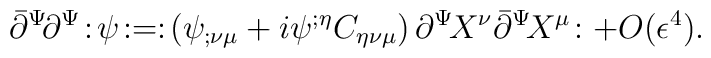
\bar{\partial}^{\Psi}\!\partial^{\Psi}\!:\!\psi\! :=:\!\left(\psi_{;\nu\mu}+i\psi^{;\eta}C_{\eta\nu\mu}\right)\partial^\Psi\! X^{\nu}\bar{\partial}^\Psi\! X^{\mu}\! :+O(\epsilon^4) .